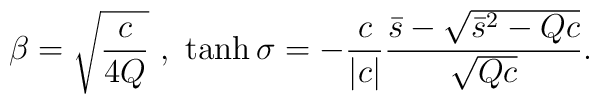
\beta = \sqrt{\frac{c}{4Q}} \ , \  \tanh \sigma = -\frac{c}{|c|}   \frac{\bar{s} - \sqrt{\bar{s}^2 - Qc}}     {\sqrt{Qc}} .